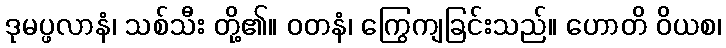
ဒုမပ္ဖလာနံ၊ သစ်သီး တို့၏။ ဝတနံ၊ ကြွေကျခြင်းသည်။ ဟောတိ ဝိယစ၊